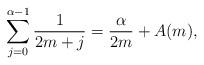
LaTeX: \begin{align*} \sum_{j=0}^{\alpha-1} \frac{1}{2m+j} = \frac{\alpha}{2m} + A(m), \end{align*}